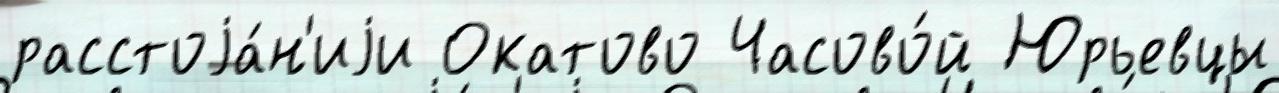
расстоjа́н'иjи Окатово Часово́й Юрьевцы